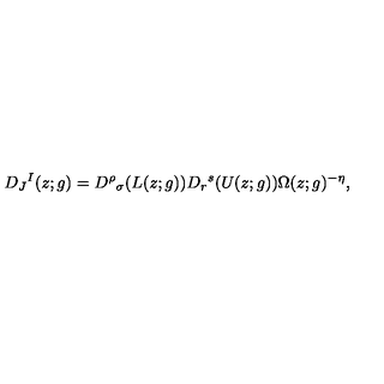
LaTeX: D _ { J } { } ^ { I } ( z ; g ) = D ^ { \rho } { } _ { \sigma } ( L ( z ; g ) ) D _ { r } { } ^ { s } ( U ( z ; g ) ) \Omega ( z ; g ) ^ { - \eta } ,